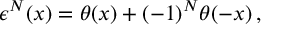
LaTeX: \epsilon ^ { N } ( x ) = \theta ( x ) + ( - 1 ) ^ { N } \theta ( - x ) \, ,